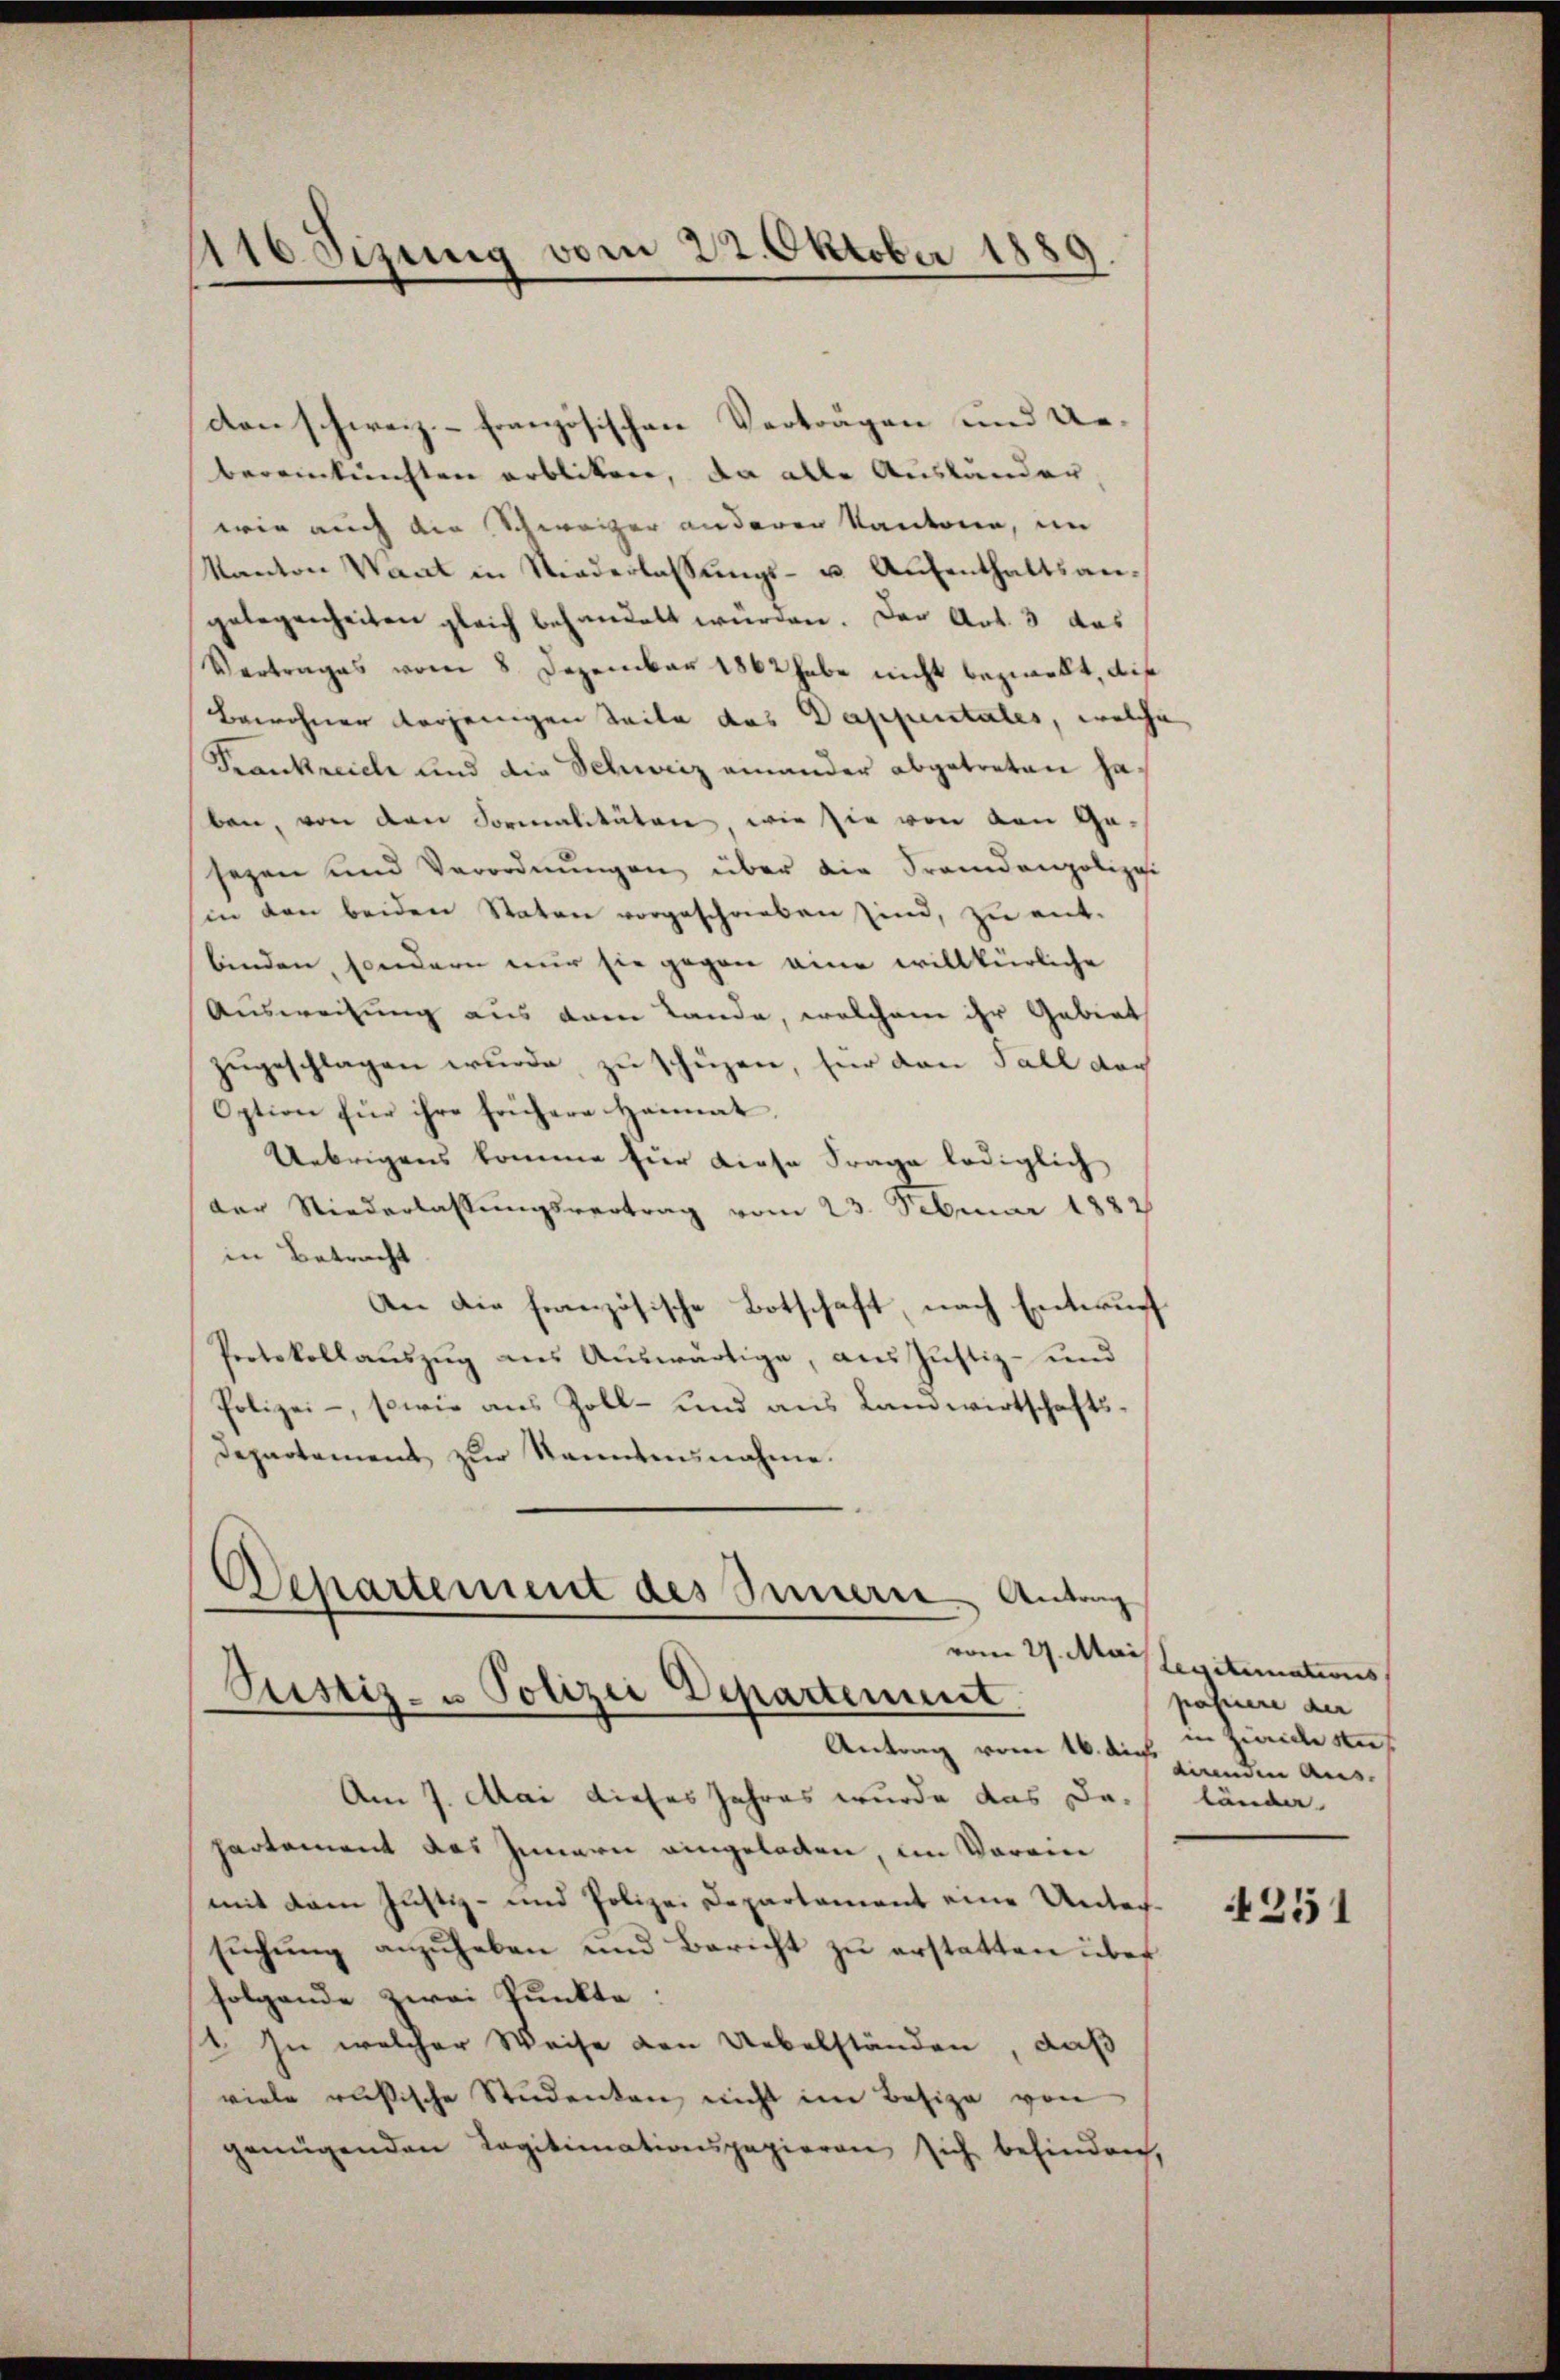
den schweiz.- französischen Verträgen und Uebereinkünften erbliken, da alle Ausländer
wie auch die Schweizer anderen Kantone, im
Kanton Want in Niederlassŭngs- u Aŭfenthaltsan-
gelegenheiten gleich behandelt würden. Der Art. 3 das
Vertrages vom 8. Dezember 1862 habe nicht bezwekt, die
Bewohner derjenigen Seite das Dappentales, welche
Frankreiche und die Schweiz einander abgetreten haben, von den Formalitäten, wie sie von von Gasezen und Verordnŭngen über die Fremdenpolizei
in den beiden Staten vorgeschrieben sind, zu ent-
binden, sondern nur sie gegen eine willkürliche
Ausweisung aus dem Lande, welchem ihr Gebiet
zugeschlagen wurde, zu schüzen, für den Fall dar
Option für ihre frühere Heimat,
Uebrigens komme für diese Frage lediglich
der Niederlassungsvertrag vom 23. Februar 1882
in Betracht
An die französische Botschaft, nach Entwurf
Protokollaŭszŭg aŭs Aŭswärtige, aus Justiz- und
Polizei-, sowie aus Zoll- und aus Landwirtschafts¬
Departement zur kanntensnahme.

116 Sizung vom 22. Oktober 1889
e

Departement des Innern Antrag
vom 29. Mai
Justiz- u Polizei Departement

Antrag vom 16. die pendin Aus¬
Am 7. Mai dieses Jahres wurde das Departement das Innern eingeladen, im Vorain
mit dem Justiz- und Polizei Departement eine Untersŭchŭng anzŭheben und Bericht zŭ erstatten über
folgende zwei Punkte:
1. In welcher Weise den Uebelständen, daß
viele rusische Studenten nicht im Besize von
genügenden Legitimationspapieren sich befinden,

legitimations
passiere der
in Zürich auf
länder

4251